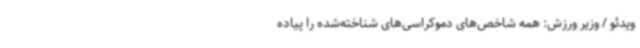
ویدئو / وزیر ورزش: همه شاخص‌های دموکراسی‌های شناخته‌شده را پیاده